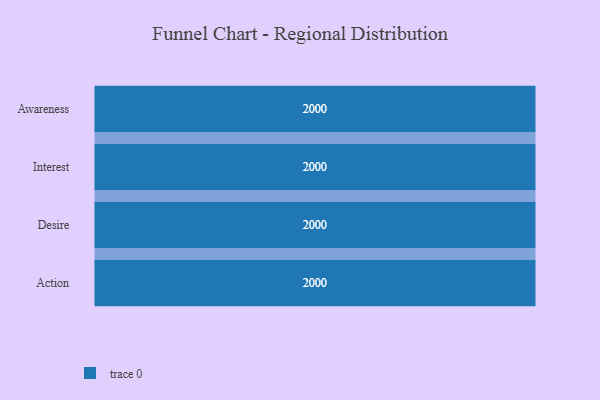
{"axis": {"x": "Stage", "y": "Value"}, "legend": [""], "data": [{"x": "Awareness", "y": 2000, "type": ""}, {"x": "Interest", "y": 2000, "type": ""}, {"x": "Desire", "y": 2000, "type": ""}, {"x": "Action", "y": 2000, "type": ""}]}